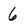
Character: 6